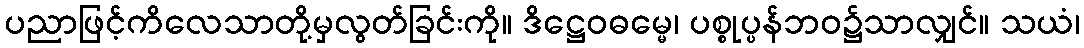
ပညာဖြင့်ကိလေသာတို့မှလွတ်ခြင်းကို။ ဒိဋ္ဌေဝဓမ္မေ၊ ပစ္စုပ္ပန်ဘဝ၌သာလျှင်။ သယံ၊